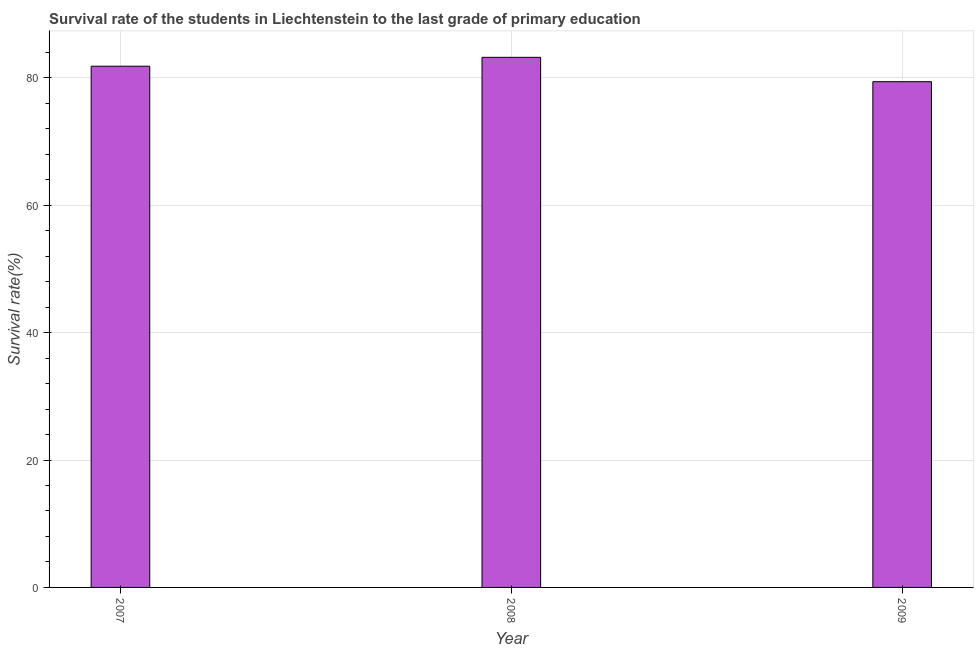
| Year | Primary Education |
 | --- | --- |
 | 2007 | 81.8 |
 | 2008 | 83.2 |
 | 2009 | 79.4 |